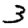
Digit: 3